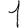
Digit: 1